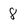
Character: 8